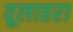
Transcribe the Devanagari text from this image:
वूलाहरा